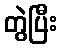
တွဲပြီး